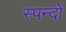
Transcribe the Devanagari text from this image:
स्पन्दों